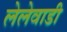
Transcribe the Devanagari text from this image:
लेलेवाडी